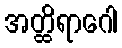
အတ္ထိရာဂေါ